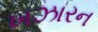
ખઝારન